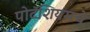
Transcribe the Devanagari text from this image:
पोटॅशियमचे